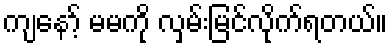
ကျနော့် မမကို လှမ်းမြင်လိုက်ရတယ်။